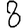
Digit: 8